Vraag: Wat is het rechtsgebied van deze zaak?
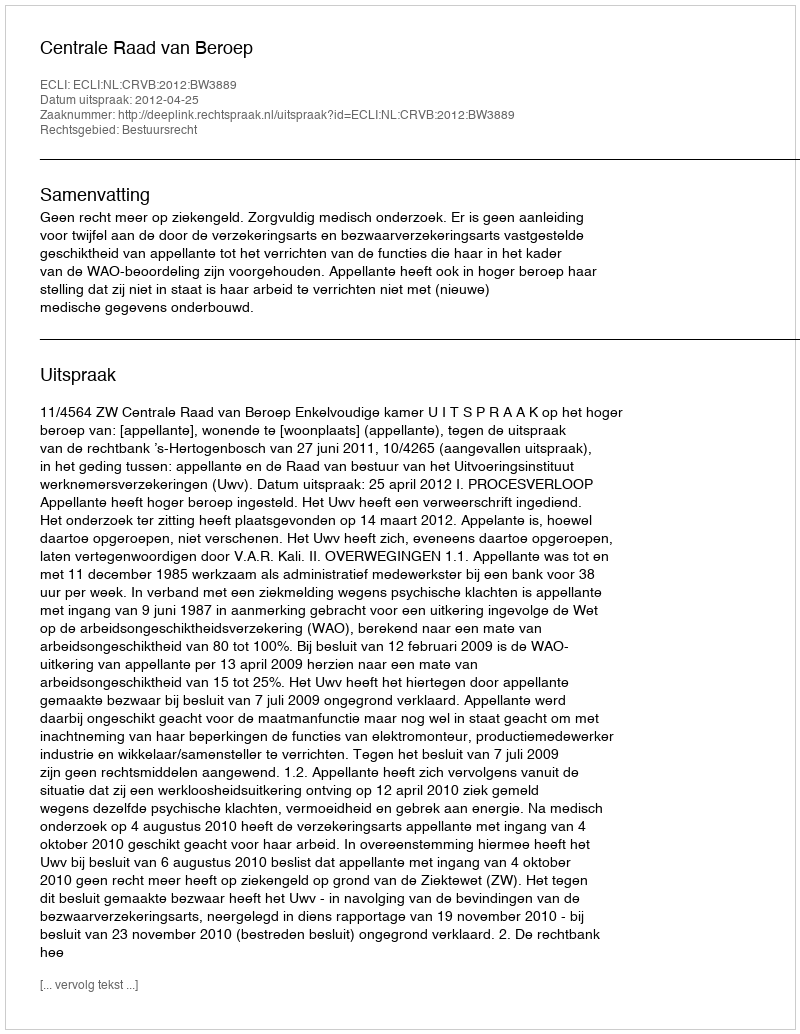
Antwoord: Bestuursrecht